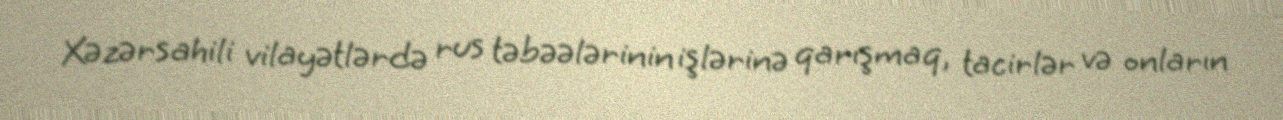
Xəzərsahili vilayətlərdə rus təbəələrinin işlərinə qarışmaq, tacirlər və onların